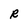
Character: R